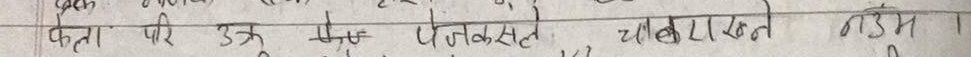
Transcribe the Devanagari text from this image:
कत्त पर उज पिलकखत चोनकवन न डम